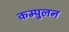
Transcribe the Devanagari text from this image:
कम्पुलन